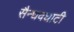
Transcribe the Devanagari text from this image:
सैन्धवघाटी